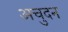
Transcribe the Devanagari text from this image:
अचुदन